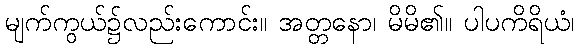
မျက်ကွယ်၌လည်းကောင်း။ အတ္တနော၊ မိမိ၏။ ပါပကိရိယံ၊